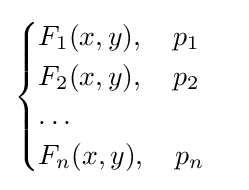
{\begin{cases}F_{1}(x,y),\quad p_{1}\\F_{2}(x,y),\quad p_{2}\\\dots \\F_{n}(x,y),\quad p_{n}\end{cases}}